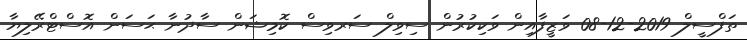
ތަފްސީލް 2019-12-08 ވަޒީފާއިން ވަކިކުރުން ސިވިލް ސަރވިސް ކޮމިޝަން ސާދުނާ ޙަސަން އޮސްޓްރޭލިޔާ